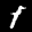
Label: 1